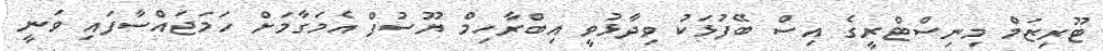
ޓޫރިޒަމް މިނިސްޓްރީގެ އިސް ބޭފުޅަކު ވިދާޅުވީ އިބްރާހިމް ޔޫސުފް އެމަގާމަށް ހަމަޖައްސާފައި ވަނީ